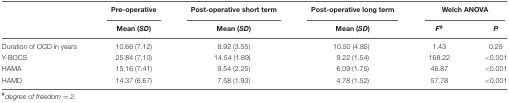
|  | Pre-operative | Post-operative short term | Post-operative long term | <COLSPAN=2> Welch ANOVA |
 |  | Mean (SD) | Mean (SD) | Mean (SD) | F# | P |
 | --- | --- | --- | --- | --- | --- |
 | Duration of OCD in years | 10.66 (7.12) | 8.92 (3.55) | 10.50 (4.85) | 1.43 | 0.25 |
 | Y-BOCS | 25.84 (7.10) | 14.54 (1.89) | 9.22 (1.54) | 168.22 | <0.001 |
 | HAMA | 15.16 (7.41) | 9.54 (2.25) | 6.09 (1.75) | 46.87 | <0.001 |
 | HAMD | 14.37 (6.67) | 7.58 (1.93) | 4.78 (1.52) | 57.78 | <0.001 |